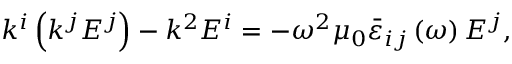
k ^ { i } \left( k ^ { j } { E ^ { j } } \right) - k ^ { 2 } { E } ^ { i } = - \omega ^ { 2 } \mu _ { 0 } \bar { \varepsilon } _ { i j } \left( \omega \right) { E } ^ { j } ,